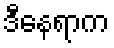
ဒီနေရာက